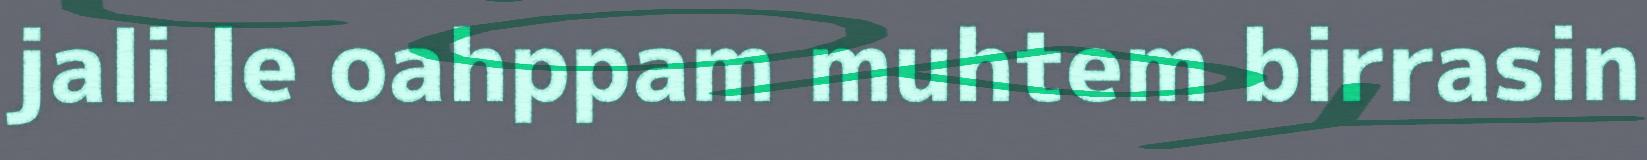
jali le oahppam muhtem birrasin